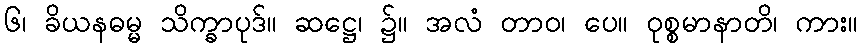
၆၊ ခိယနဓမ္မ သိက္ခာပုဒ်။ ဆဋ္ဌေ၊ ၌။ အလံ တာဝ၊ ပေ။ ဝုစ္စမာနာတိ၊ ကား။